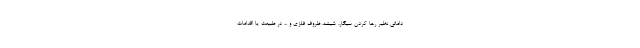
داماتی نظیر رها کردن سیگار، شیشه، ظروف فلزی و ... در طبیعت یا اقدامات